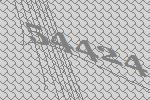
54424